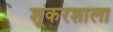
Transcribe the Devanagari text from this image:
शूकरशाला